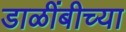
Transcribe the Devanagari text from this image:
डाळींबीच्या